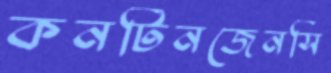
কনটিনজেনসি